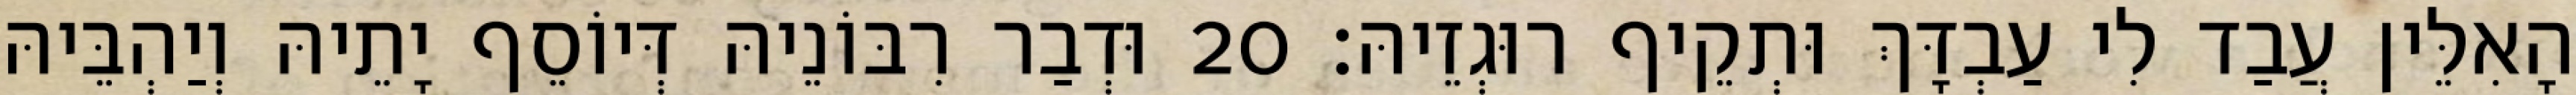
הָאִלֵּין עֲבַד לִי עַבְדָּךְ וּתְקֵיף רוּגְזֵיהּ׃ 20 וּדְבַר רִבּוֹנֵיהּ דְּיוֹסֵף יָתֵיהּ וְיַהְבֵּיהּ